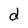
Character: d